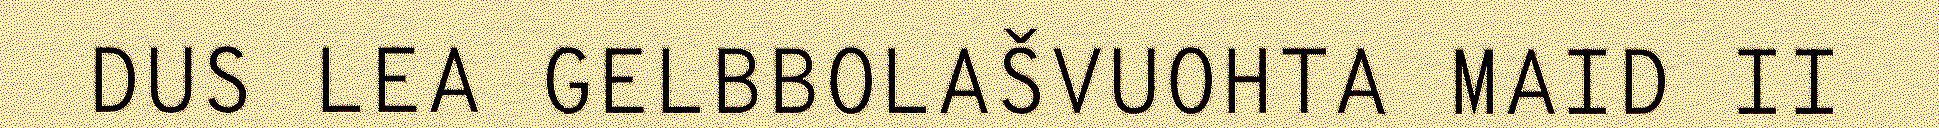
DUS LEA GELBBOLAŠVUOHTA MAID II